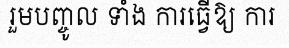
រួមបញ្ចូល ទាំង ការធ្វើឱ្យ ការ